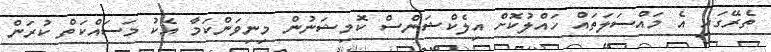
ތެރޭގައި އެ މައްސަލަތައް ހައްލުކޮށް އިލެކްޝަންސް ކޮމިޝަނުން މިނިވަންކަމާ އެކު މަސައްކަތް ކުރަން